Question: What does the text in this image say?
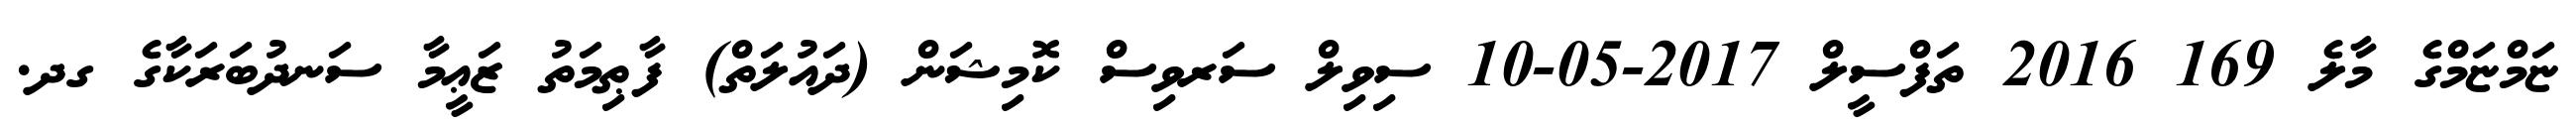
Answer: ޏަމްޏަމްގެ މާލެ 169 2016 ތަފްސީލް 2017-05-10 ސިވިލް ސަރވިސް ކޮމިޝަން (ދައުލަތް) ފާޠިމަތު ޒަޢީމާ ސަނދުބަރަކާގެ ގދ.